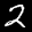
Label: 2